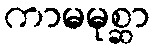
ကာမမုစ္ဆာ